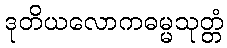
ဒုတိယလောကဓမ္မသုတ္တံ